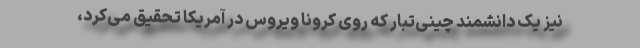
نیز یک دانشمند چینی‌تبار که روی کرونا ویروس در آمریکا تحقیق می‌کرد،